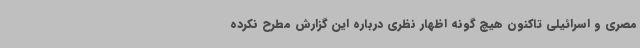
مصری و اسرائیلی تاکنون هیچ گونه اظهار نظری درباره این گزارش مطرح نکرده